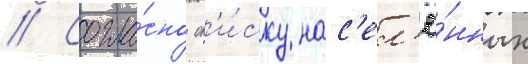
// Согла́сно сп'и́ску нас'ел'ё́нных